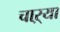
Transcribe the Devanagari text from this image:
चाऱ्या